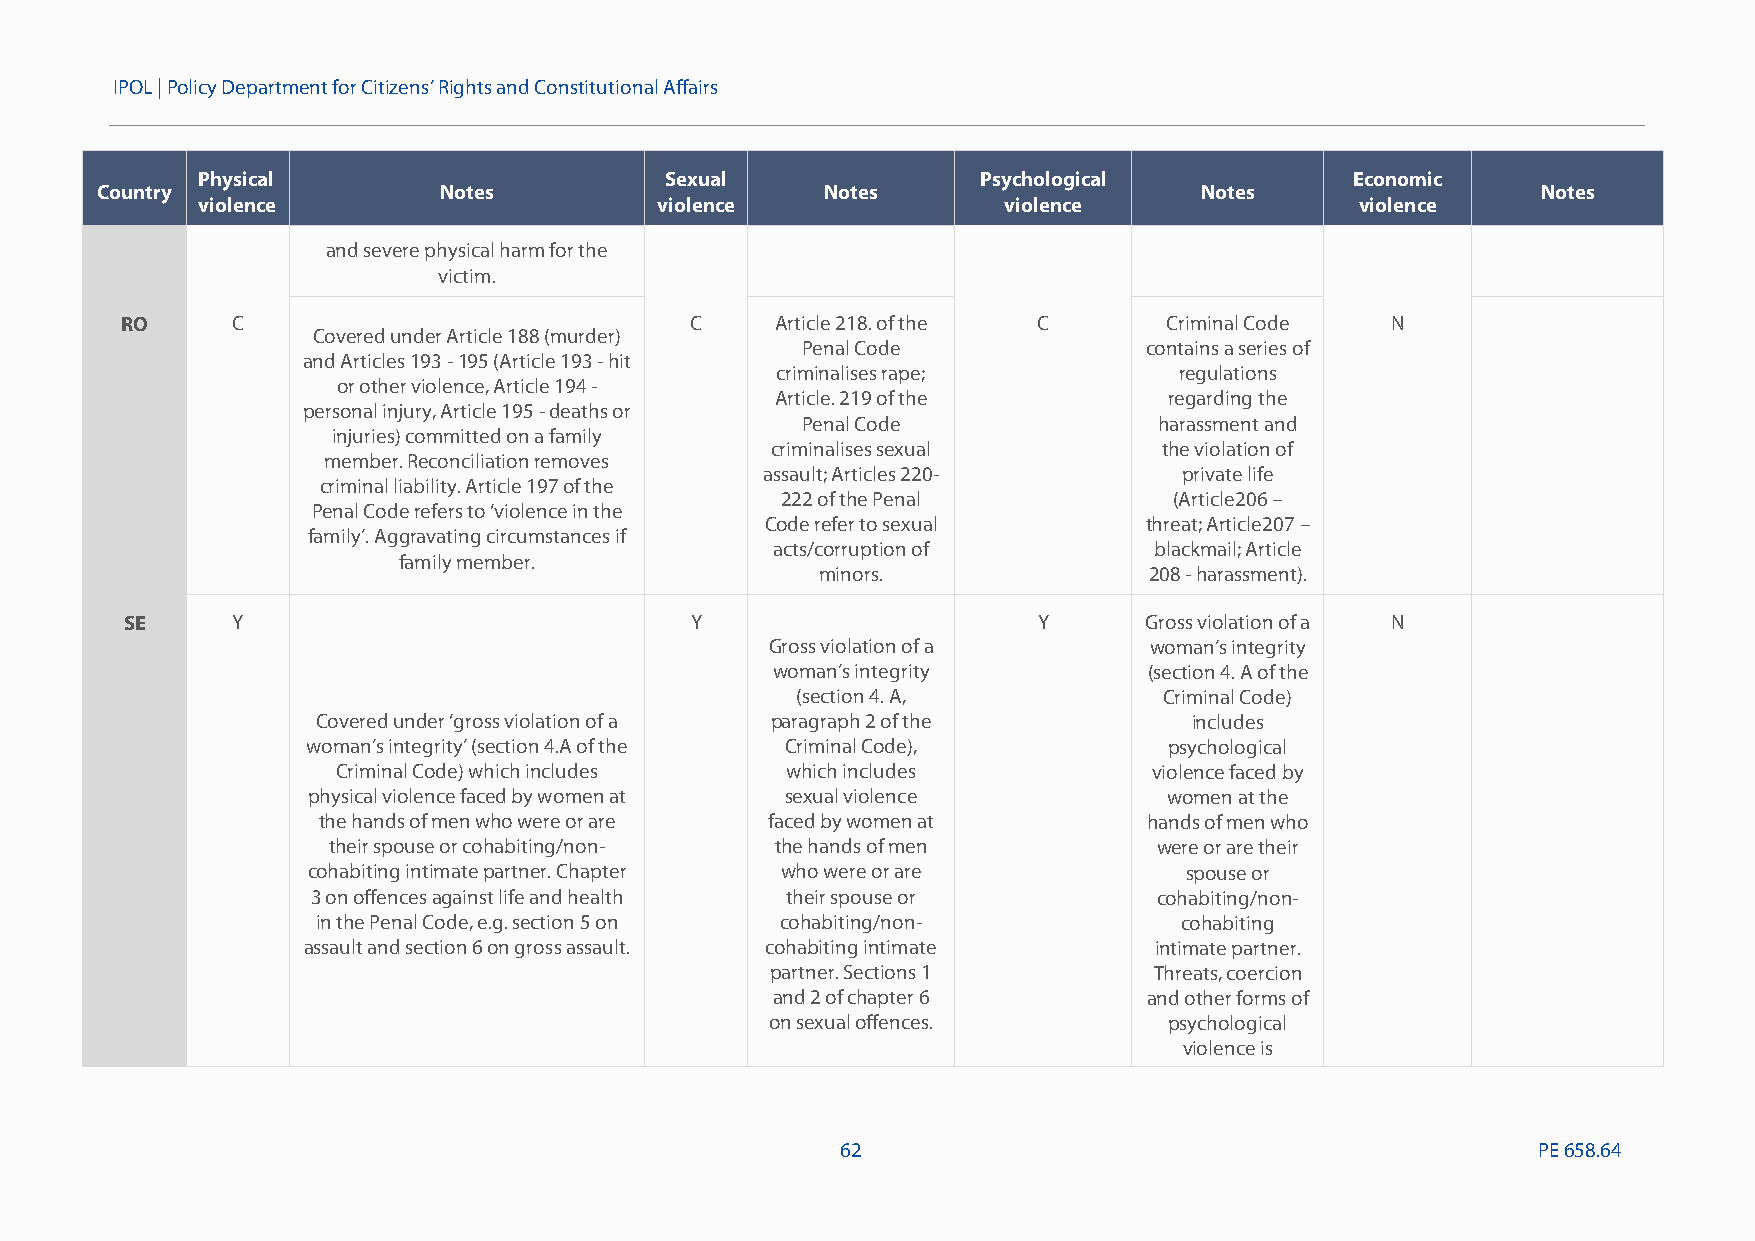
IPOL |Policy Department for Citizens’ Rights and Constitutional Affairs
 Physical                       Sexual               Psychological            Economic
 Country                Notes                     Notes                   Notes                  Notes
 violence                      violence               violence                violence
 and severe physical harm for the
 victim.
 RO     C                              C    Article 218. of the C     Criminal Code  N
 Covered under Article 188 (murder)
 Penal Code             contains a series of
 and Articles193-195 (Article 193-hit
 criminalises rape;         regulations
 or other violence, Article 194-
 Article. 219 of the       regarding the
 personal injury, Article 195-deaths or
 Penal Code              harassment and
 injuries) committed on a family
 criminalises sexual       the violation of
 member. Reconciliation removes
 assault; Articles 220-      private life
 criminal liability. Article 197 of the
 222 of the Penal          (Article206–
 Penal Code refers to ‘violence in the
 Code refer to sexual     threat; Article207–
 family’. Aggravating circumstances if
 acts/corruption of       blackmail; Article
 family member.
 minors.               208-harassment).
 SE     Y                              Y                      Y      Gross violation of a N
 Gross violation of a     woman’s integrity
 woman’s integrity        (section 4. A of the
 (section 4. A,          Criminal Code)
 Covered under ‘gross violation of a paragraph 2 of the    includes
 woman’s integrity’ (section 4.A of the Criminal Code),   psychological
 Criminal Code) which includes which includes          violence faced by
 physical violence faced by women at sexual violence      women atthe
 the hands of men who were or are faced by women at     hands of men who
 their spouse or cohabiting/non- the hands of men       were or are their
 cohabiting intimate partner. Chapter who were or are      spouse or
 3 on offencesagainst life and health their spouse or    cohabiting/non-
 in the Penal Code, e.g. section 5 on cohabiting/non-     cohabiting
 assault and section 6 on gross assault. cohabiting intimate intimate partner.
 partner. Sections 1      Threats, coercion
 and 2 of chapter 6       and other forms of
 on sexual offences.       psychological
 violence is
 62                                            PE658.64